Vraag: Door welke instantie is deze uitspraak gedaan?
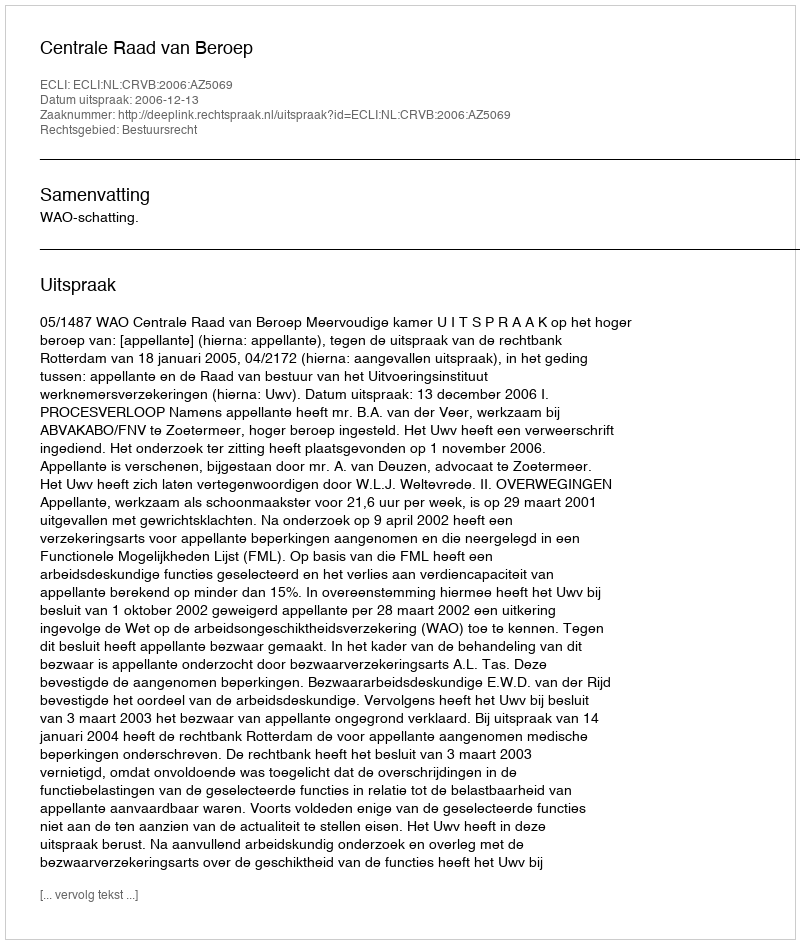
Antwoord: Centrale Raad van Beroep